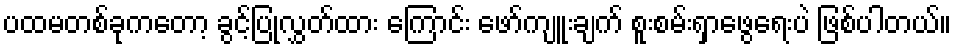
ပထမတစ်ခုကတော့ ခွင့်ပြုလွှတ်ထား ကြောင်း ဖော်ကျူးချက် စူးစမ်းရှာဖွေရေးပဲ ဖြစ်ပါတယ်။